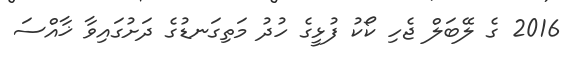
2016 ގެ ލޭބަލް ޖެހި ކޯކު ފުޅީގެ ހުދު މަތިގަނޑުގެ ދަށުގައިވާ ޚާއްސަ